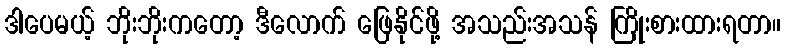
ဒါပေမယ့် ဘိုးဘိုးကတော့ ဒီလောက် ဖြေနိုင်ဖို့ အသည်းအသန် ကြိုးစားထားရတာ။